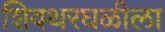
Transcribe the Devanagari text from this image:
शिवथरघळीला